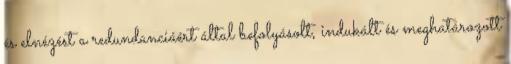
és elnézést a redundanciáért által befolyásolt, indukált és meghatározott